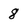
Character: 8